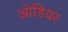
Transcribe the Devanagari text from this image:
ओडियर